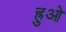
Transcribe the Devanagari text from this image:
ह्रुओ